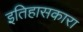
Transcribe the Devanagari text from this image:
इतिहासकारा